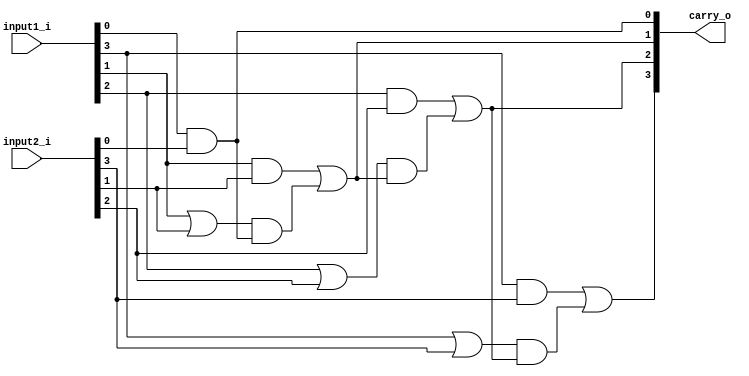
module carry_generator(input1_i, input2_i, carry_o);
  parameter width = 4;
  input [width-1:0] input1_i;
  input [width-1:0] input2_i;
  output [width-1:0] carry_o;
  
  wire [width-1:0] generate_w;
  wire [width-1:0] propagate_w;
  wire [width:0] carry_w;
  
  assign carry_w[0] = 1'b0;
  genvar j;
  
  generate
  for(j=0; j<width; j = j+1)
  begin
  assign generate_w[j] = input1_i[j] & input2_i[j];
  assign propagate_w[j] = input1_i[j] | input2_i[j];
  assign carry_w[j+1] = generate_w[j]| (propagate_w[j] & carry_w[j]);
  end
  
  assign carry_o = carry_w[width:1];
  
  endgenerate
  
endmodule